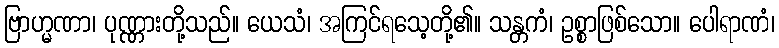
ဗြာဟ္မဏာ၊ ပုဏ္ဏားတို့သည်။ ယေသံ၊ အကြင်ရသေ့တို့၏။ သန္တကံ၊ ဥစ္စာဖြစ်သော။ ပေါရာဏံ၊